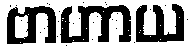
ဗာဟာယ